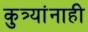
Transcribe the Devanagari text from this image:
कुत्र्यांनाही